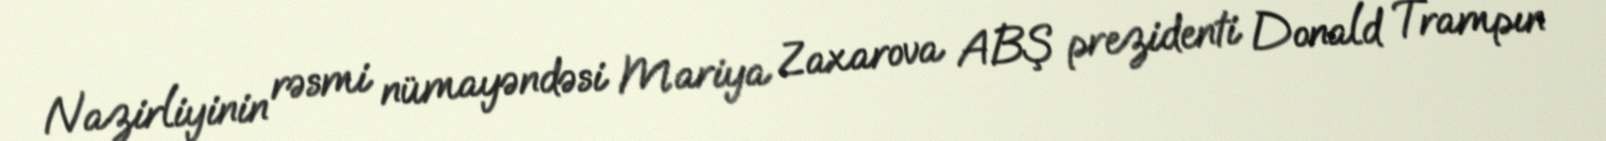
Nazirliyinin rəsmi nümayəndəsi Mariya Zaxarova ABŞ prezidenti Donald Trampın